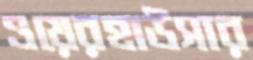
ওয়েরহাউসার